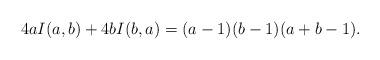
LaTeX: \begin{align*}4aI(a,b)+4bI(b,a)=(a-1)(b-1)(a+b-1).\end{align*}